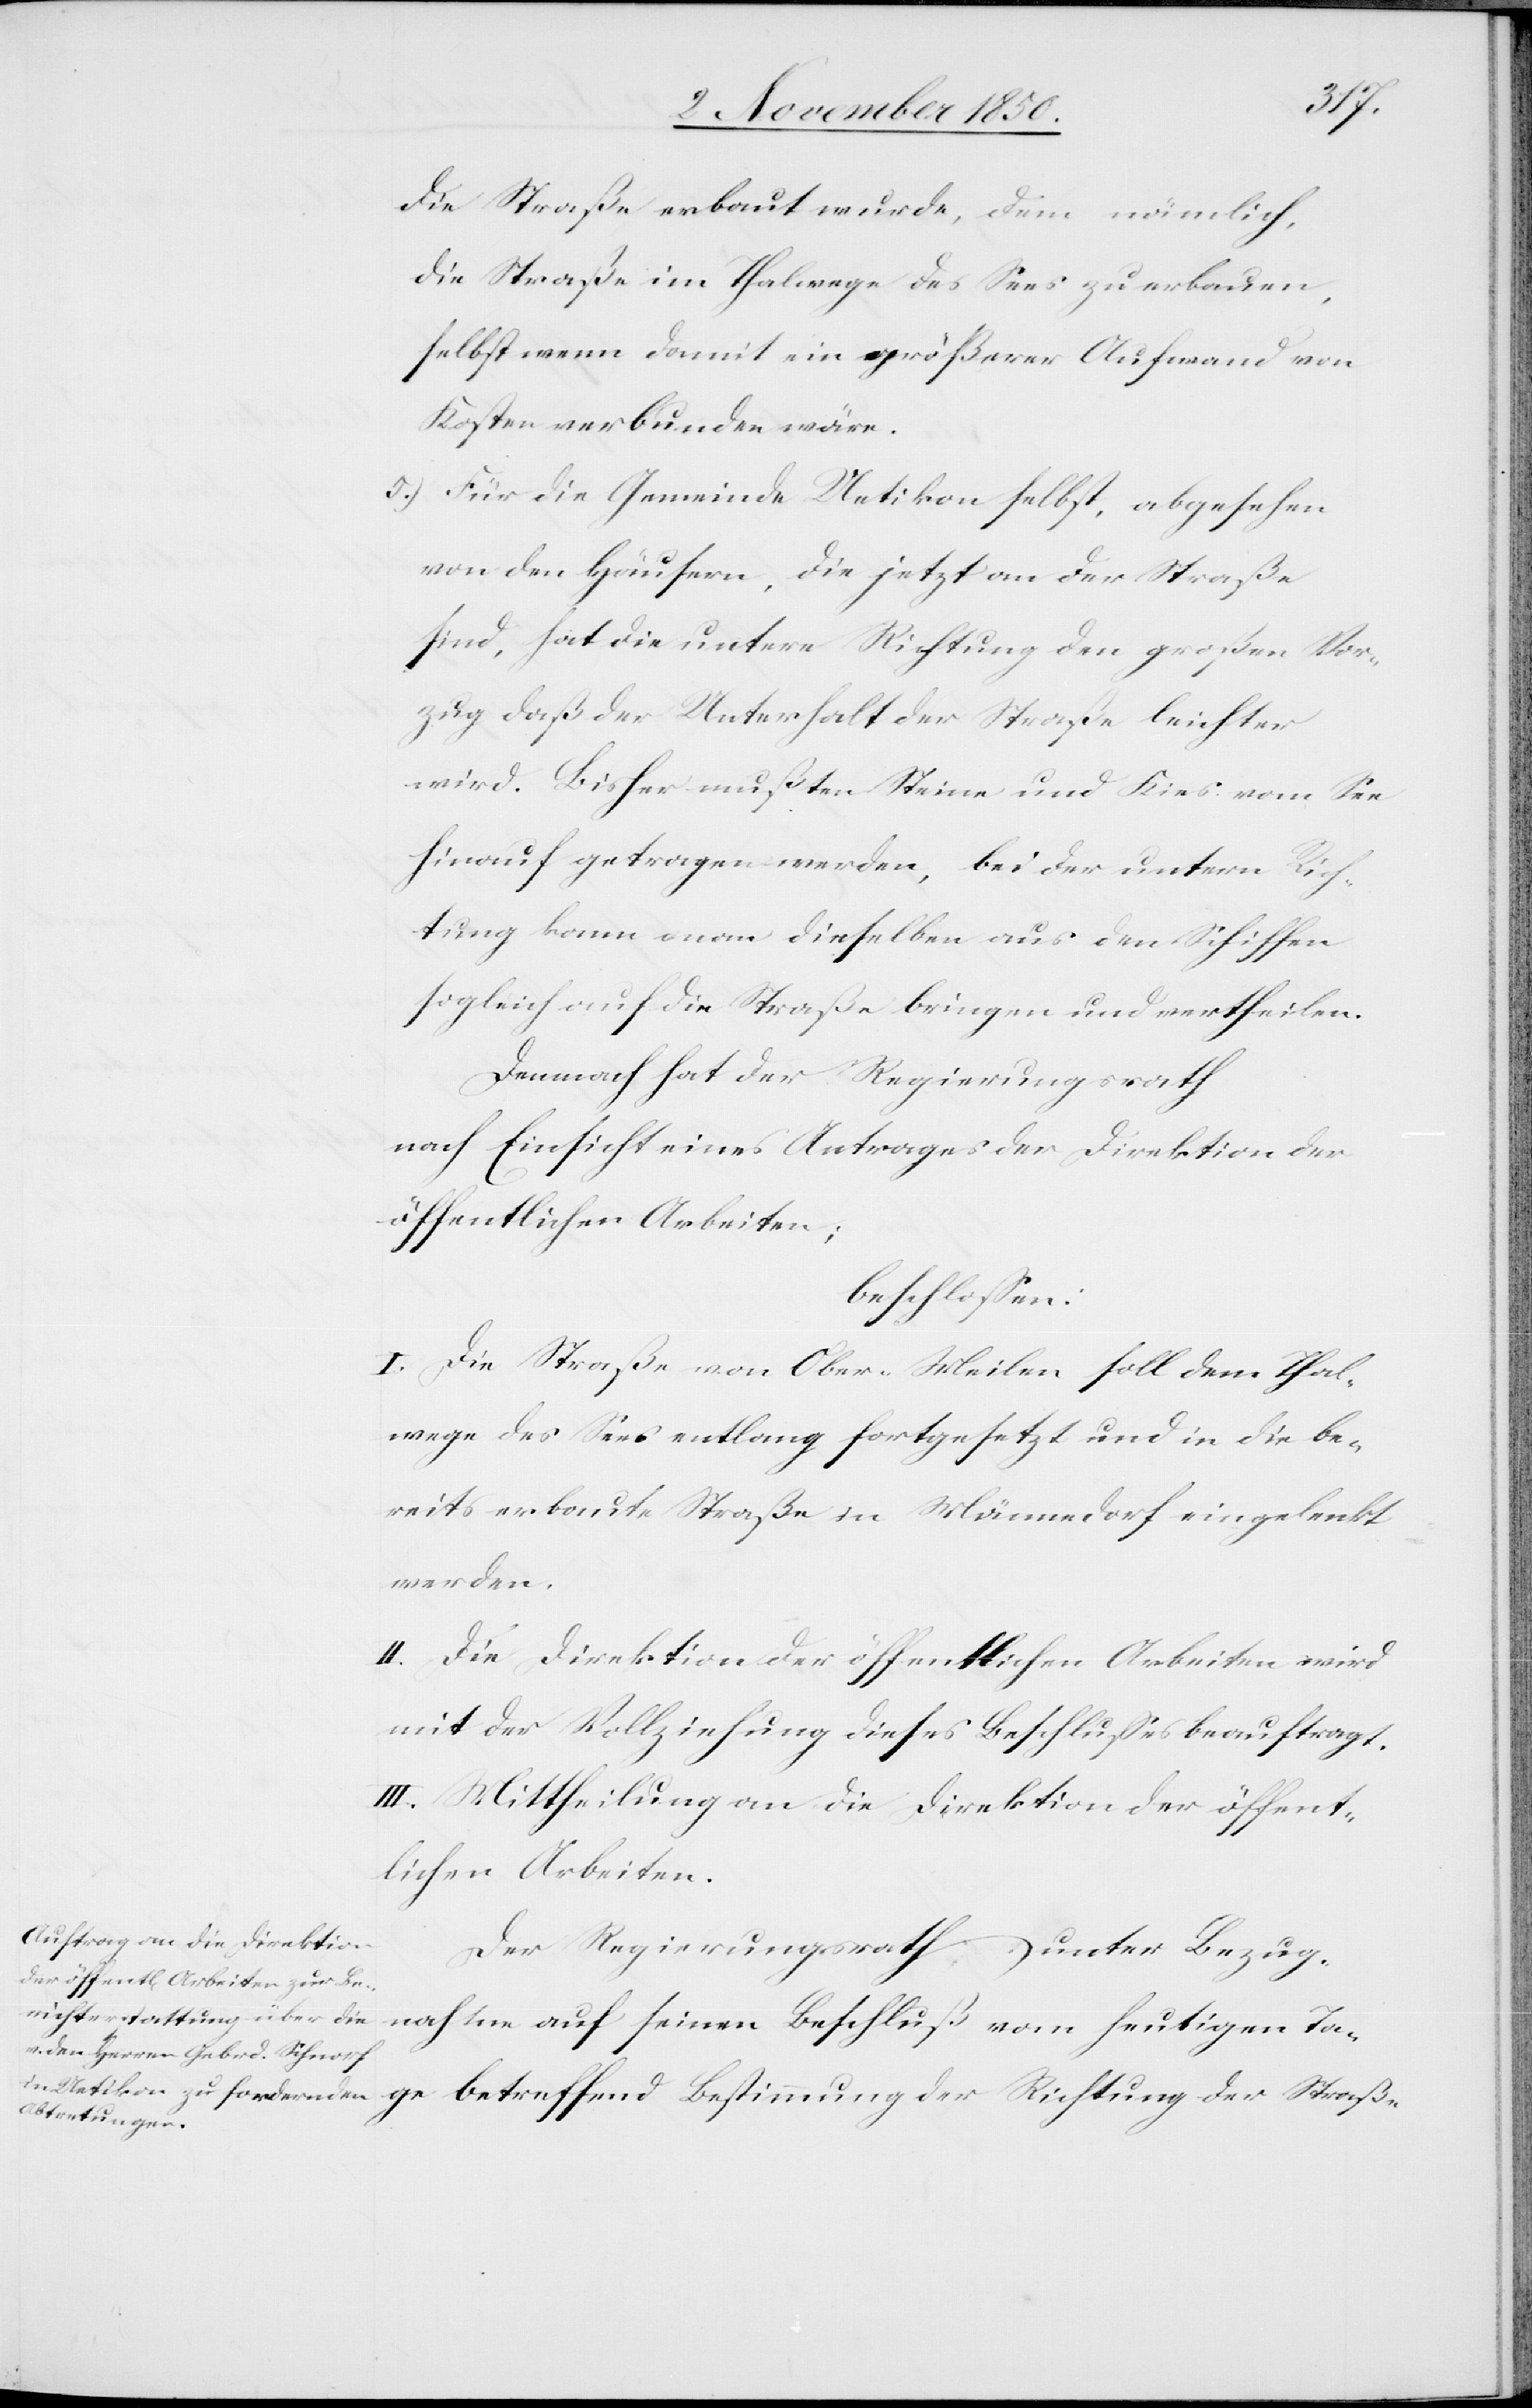
nahme
die Straße erbaut wurde, dem nämlich,
die Straße im Thalwege des Sees zu erbauen,
selbst wenn damit ein größerer Aufwand von
Kosten verbunden wäre.
5.) Für die Gemeinde Uetikon selbst, abgesehen
von den Häusern, die jetzt an der Straße
sind, hat die untere Richtung den großen Vor¬
zug daß der Unterhalt der Straße leichter
wird. Bisher mußten Steine und Kies vom See
hinauf getragen werden, bei der untern Rich¬
tung kann man dieselben aus den Schiffen
sogleich auf die Straße bringen und vertheilen.
Demnach hat der Regierungsrath
nach Einsicht eines Antrages der Direktion der
öffentlichen Arbeiten;
beschlossen:
I. Die Straße von Ober-Meilen soll dem Thal¬
wege des Sees entlang fortgesetzt und in die be¬
reits erbaute Straße in Männedorf eingelenkt
werden.
II. Die Direktion der öffentlichen Arbeiten wird
mit der Vollziehung dieses Beschlusses beauftragt.
III. Mittheilung an die Direktion der öffent¬
lichen Arbeiten.
Der Regierungsrath, unter Bezug¬